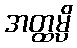
အတ္ထမ္ပိ